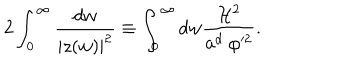
2 \int _ { 0 } ^ { \infty } \frac { d w } { | z ( w ) | ^ { 2 } } \equiv \int _ { 0 } ^ { \infty } d w \frac { { \cal H } ^ { 2 } } { a ^ { d } ~ \varphi ^ { 2 } } .